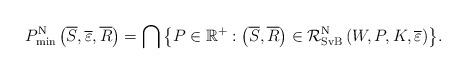
LaTeX: \begin{align*}P_{\min }^{{\rm{N}}}\left( {\overline S,\overline \varepsilon ,\overline R} \right) = \bigcap {\left\{ {P \in {\mathbb{R}^ + }:\left( {\overline S,\overline R} \right) \in {{\mathcal{R}}}_{{\rm{SvB}}}^{{\rm{N}}}\left( {W,P,K,\overline \varepsilon } \right)} \right\}}.\end{align*}